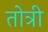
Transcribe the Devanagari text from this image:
तोत्री